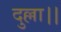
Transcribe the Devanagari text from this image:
दुल्ला।।